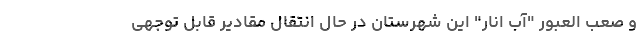
و صعب العبور "آب انار" این شهرستان در حال انتقال مقادیر قابل توجهی